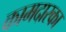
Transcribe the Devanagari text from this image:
कामदारका